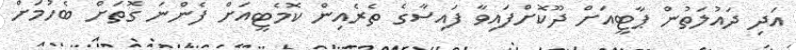
އަދި ދައުލަތުން ޕާޓީއަށް ދޫކޮށްފައިވާ ފައިސާގެ ތެެރެއިން ކޮމެޓީއަށް ފެންނަ ގޮތަށް ބެހުމަށް